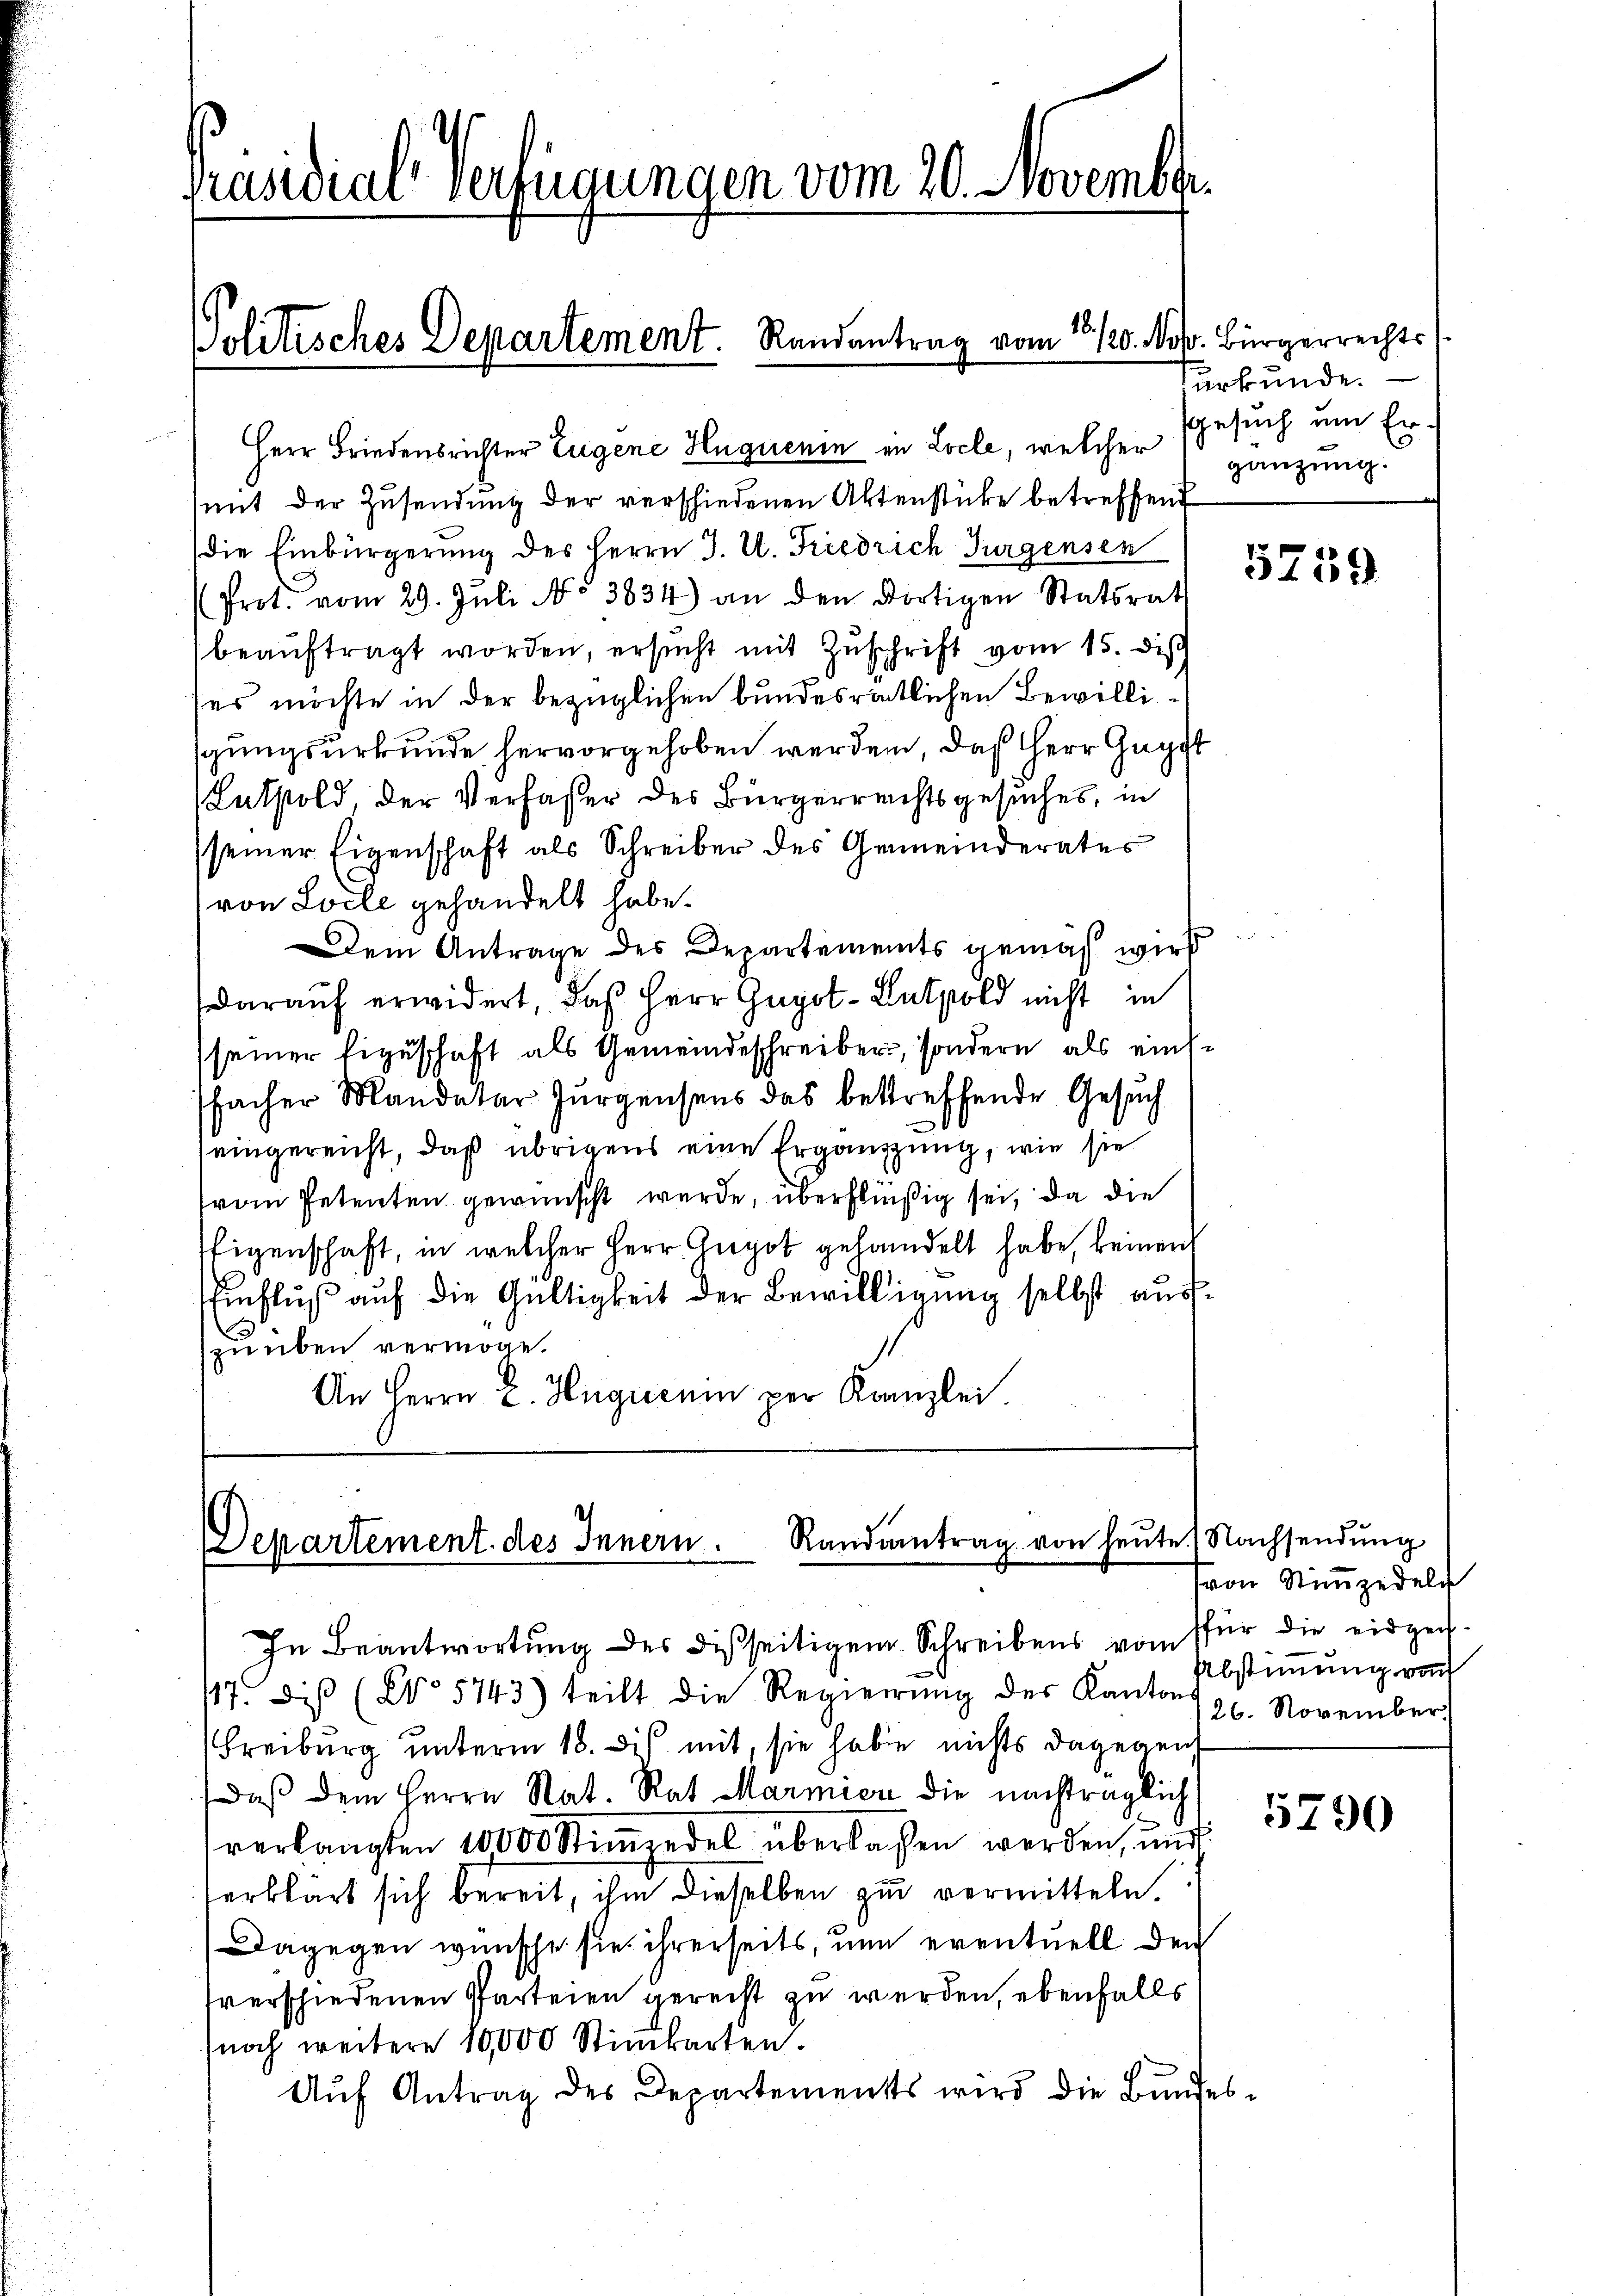
Präsidial verfügungen vom 20. November

Herr Friedensrichter Eugene Huguenin in Locle, welcher
mit der Zusendung der verschiedenen Aktenstücke betreffend
die Einbürgerung des Herrn J. U. Friedrich Turgensen
(Prot. vom 29. Jŭli No 3834) an den dortigen Statsrath
beauftragt worden, ersucht mit Zuschrift vom 15. Dis
ses möchte in der bezüglichen bundesrätlichen Bewilligungsurkunde hervorgehoben werden, daß Herr Gugg
(Lathold, der Verfasser des Bürgerreichtsgesuches, in
seiner Eigenschaft als Schreiber des Gemeinderates
von Loche gehandelt habe.
em Antrage des Departements gemach wird
darauf erwidert, daß Herr Gugol-Latpold nicht in
seiner Eigeschaft als Gemeindeschreiber, sondern als einssfacher Mandatar Jürgensens das betreffende Gesuch
e
eingereicht, daß übrigens eine Ergänzung, wie sie
vom Petenten gewünscht werde, überflüßig sei, da die
Eigenschaft, in welcher Herr Gugot gehandelt habe, keinen
Einfluß auf die Gültigkeit der Bewilligung selbst auszuüben vermöge.
An Herrn C. Hüguenin per Kanzlei.

18.
Politisches Departement. Randantrag vom 120. N.

Randantrag von heute.) Nachsendung
Departement des Innern.
In Beantwortŭng des disseitigem Schreibens von für die eidge¬

O. Bürgerrechts
surkunde.
gesuch um Ergänzung.

17. Dis (No 5743) teilt die Regierŭng des Kantons
Freiburg unterm 18. di mit, sie habe nichts dagegen
Daß dem Herrn Rat. Rat Marmier die nachträglich
verlangten 10000 Stimmzedel überlassen werden, und
erklärt sich bereit, ihm dieselben zu vermitteln.
Dagegen wünsche sie ihrerseits, um eventuell den
sverschiedenen Parteien gereist zu werden, ebenfalls
noch weitere 10,000 Stinbarten.
Aŭf Antrag des Departements wird die Bundes

5759

von Stimmzedeln
Abstimmung von
26. November.

e

5790